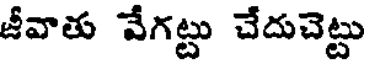
జీవాతు వేగట్టు చేదుచెట్టు